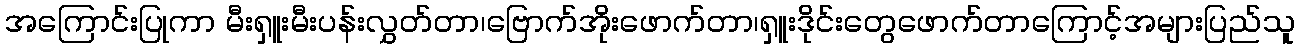
အကြောင်းပြုကာ မီးရှူးမီးပန်းလွှတ်တာ၊ဗြောက်အိုးဖောက်တာ၊ရှူးဒိုင်းတွေဖောက်တာကြောင့်အများပြည်သူ